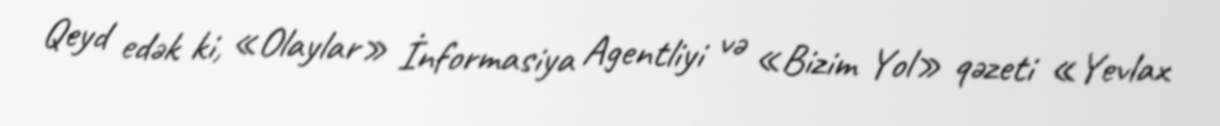
Qeyd edək ki, «Olaylar» İnformasiya Agentliyi və «Bizim Yol» qəzeti «Yevlax